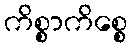
ကိစ္စာကိစ္စေ